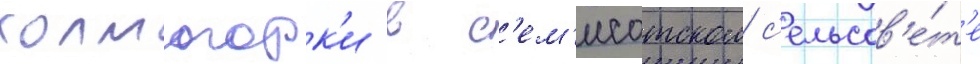
холмогорк'и в с'ем'исотском с'ельсов'е́т'е